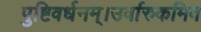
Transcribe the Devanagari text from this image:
पुष्टिवर्धनम्।उर्वारुकमिव